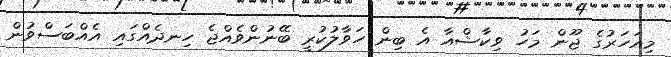
މިއަހަރުގެ ޖޫން މަހު ވިކާޝްއާ އެ ބިން ހަވާލުކުރީ ބޭނުންވެއްޖެ ހިނދެއްގައި އެއްބަސްވުން